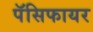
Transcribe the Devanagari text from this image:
पॅसिफायर